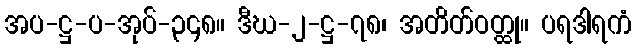
အပ-ဋ္ဌ-ပ-အုပ်-၃၄၈။ ဒီဃ-၂-ဋ္ဌ-၇၈၊ အတိတ်ဝတ္ထု။ ပရဒါရကံ